Problem: 2 + 29 = ?
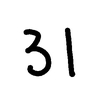
Handwritten answer: 31